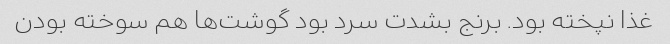
غذا نپخته بود. برنج بشدت سرد بود گوشت‌ها هم سوخته بودن